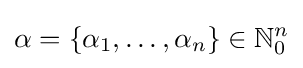
\alpha =\{\alpha _{1},\dots ,\alpha _{n}\}\in \mathbb {N} _{0}^{n}